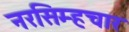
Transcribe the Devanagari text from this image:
नरसिम्हचार